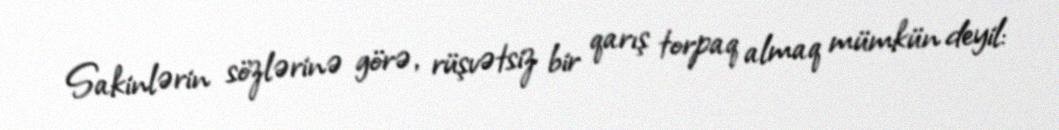
Sakinlərin sözlərinə görə, rüşvətsiz bir qarış torpaq almaq mümkün deyil: